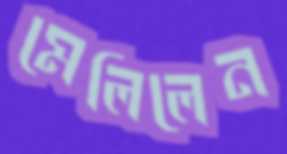
মেলিলেন